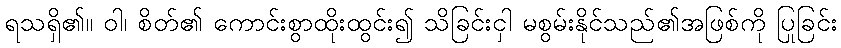
ရသရှိ၏။ ဝါ၊ စိတ်၏ ကောင်းစွာထိုးထွင်း၍ သိခြင်းငှါ မစွမ်းနိုင်သည်၏အဖြစ်ကို ပြုခြင်း